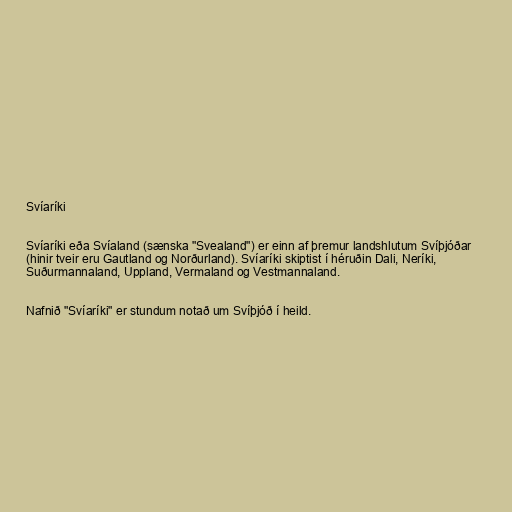
Svíaríki

Svíaríki eða Svíaland (sænska "Svealand") er einn af þremur landshlutum Svíþjóðar
(hinir tveir eru Gautland og Norðurland). Svíaríki skiptist í héruðin Dali, Neríki,
Suðurmannaland, Uppland, Vermaland og Vestmannaland.

Nafnið "Svíaríki" er stundum notað um Svíþjóð í heild.